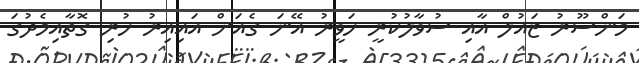
މަންސޫރު ޒައުލް އާއި ސުވާލުކުރީ ހަވީރު އޭނަ ގެއަށް އައިއިރު ހުރި ގޮތާއިމެދުގަ